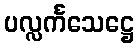
ပလ္လင်္ကသေဋ္ဌေ